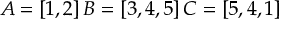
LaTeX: A = [ 1 , 2 ] \, B = [ 3 , 4 , 5 ] \, C = [ 5 , 4 , 1 ]